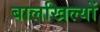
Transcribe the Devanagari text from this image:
बालखिल्यों